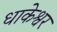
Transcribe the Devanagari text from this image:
धाकेश्वर